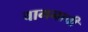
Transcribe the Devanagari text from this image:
वामनाची